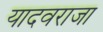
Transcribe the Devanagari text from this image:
यादवराजा